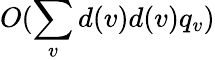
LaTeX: O(\sum_{v}d(v)d(v)q_{v})